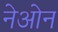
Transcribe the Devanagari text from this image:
नेओन